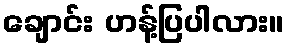
ချောင်း ဟန့်ပြပါလား။